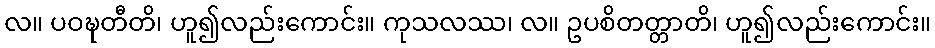
လ။ ပဝဍ္ဎတီတိ၊ ဟူ၍လည်းကောင်း။ ကုသလဿ၊ လ။ ဥပစိတတ္တာတိ၊ ဟူ၍လည်းကောင်း။